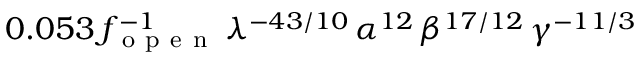
0 . 0 5 3 \, f _ { \mathrm { ~ o ~ p ~ e ~ n ~ } } ^ { - 1 } \, \lambda ^ { - 4 3 / 1 0 } \, \alpha ^ { 1 2 } \, \beta ^ { 1 7 / 1 2 } \, \gamma ^ { - 1 1 / 3 }